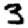
Digit: 3